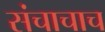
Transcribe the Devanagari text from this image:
संचाचाच